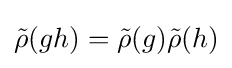
{\tilde {\rho }}(gh)={\tilde {\rho }}(g){\tilde {\rho }}(h)